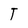
Character: T